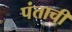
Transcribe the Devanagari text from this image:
पंताची